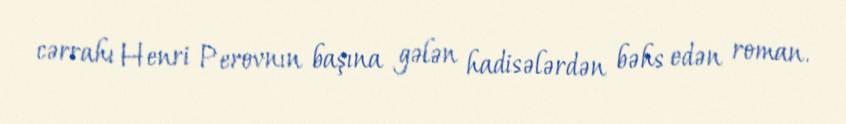
cərrahı Henri Perovnın başına gələn hadisələrdən bəhs edən roman.